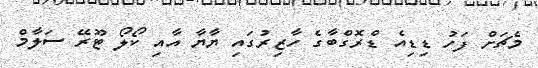
މެޗަށް ފަހު ޑިޑިއެ ޑްރޮގްބާގެ ހާޒިރުގައި ޔާޔާ އާއި ކޯލޯ ޓޫރޭ ސަލާމް